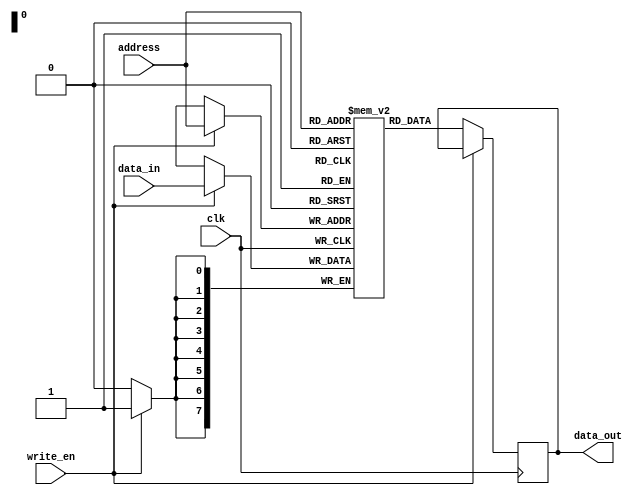
module MRAM (
    input wire clk,
    input wire write_en,
    input wire [7:0] address,
    input wire [7:0] data_in,
    output reg [7:0] data_out
);

// Memory grid definition
reg [7:0] memory [0:255];

// Read operation
always @(posedge clk) begin
    if (!write_en) begin
        data_out <= memory[address];
    end
end

// Write operation
always @(posedge clk) begin
    if (write_en) begin
        memory[address] <= data_in;
    end
end

endmodule